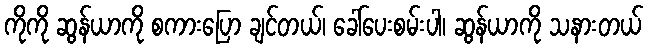
ကိုကို ဆွန်ယာကို စကားပြော ချင်တယ်၊ ခေါ်ပေးစမ်းပါ၊ ဆွန်ယာကို သနားတယ်